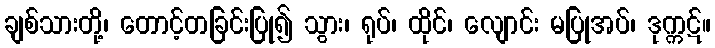
ချစ်သားတို့၊ တောင့်တခြင်းပြု၍ သွား၊ ရုပ်၊ ထိုင်၊ လျောင်း မပြုအပ်၊ ဒုက္ကဋ်။